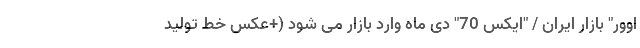
اوور" بازار ایران / "ایکس 70" دی ماه وارد بازار می شود (+عکس خط تولید